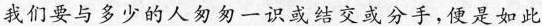
我们要与多少的人匆匆一识或结交或分手，便是如此